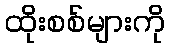
ထိုးစစ်များကို